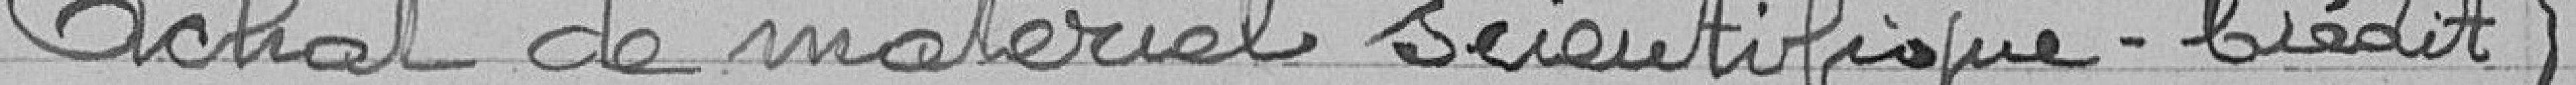
Achat de matériel scientifique - Crédit